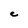
Character: C